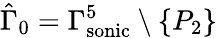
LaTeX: \hat{\Gamma}_{0}={\Gamma_{\mathrm{{sonic}}}^{5}}\setminus\{ P_{2}\}